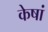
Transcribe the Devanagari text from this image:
केषां